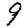
Digit: 9